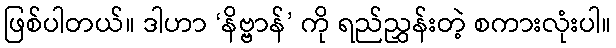
ဖြစ်ပါတယ်။ ဒါဟာ ‘နိဗ္ဗာန်’ ကို ရည်ညွှန်းတဲ့ စကားလုံးပါ။